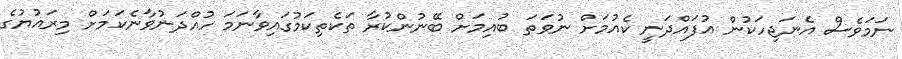
ނަމަވެސް އެނަޖިހަކުން އުފައްދަނީ ކެއުމަށް ނުވަތަ ބުއިމަށް ބޭނުންކުރާ ތަކެތިކަމުގައިވާނަމަ ހުއްދަނުވާނެކަމަށް މިރައުޔުގެ